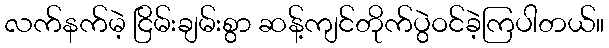
လက်နက်မဲ့ ငြိမ်းချမ်းစွာ ဆန့်ကျင်တိုက်ပွဲဝင်ခဲ့ကြပါတယ်။